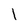
Character: 1